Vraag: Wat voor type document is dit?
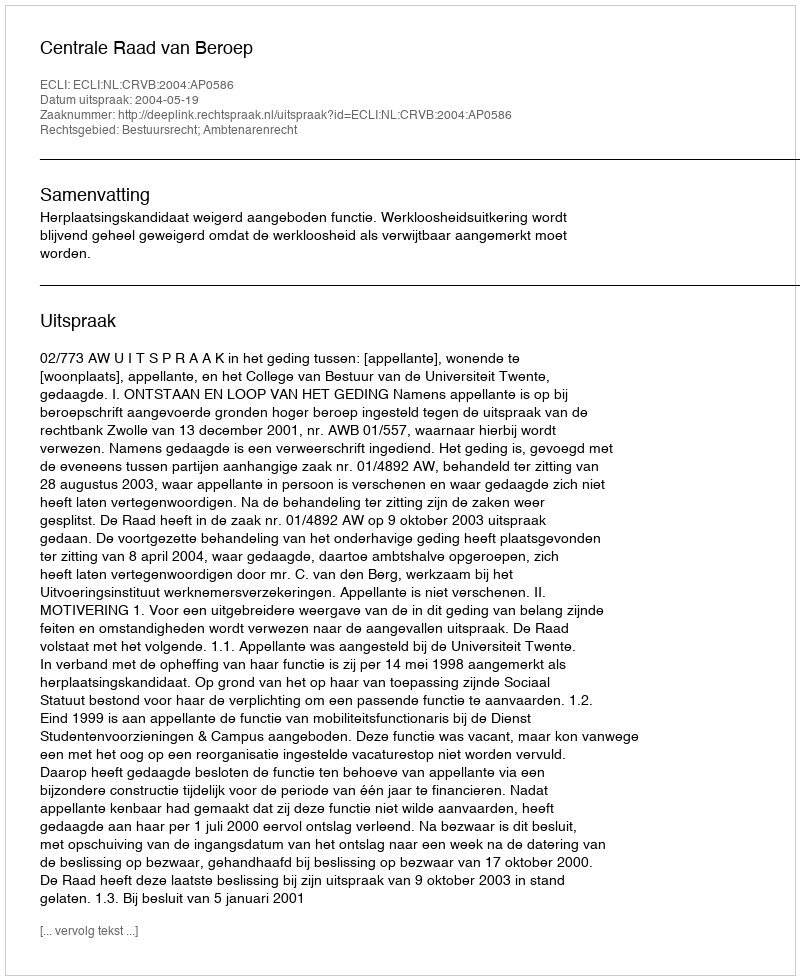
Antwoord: Uitspraak